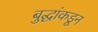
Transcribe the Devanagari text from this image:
बुद्धांकडून